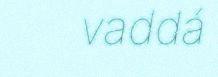
vaddá